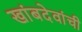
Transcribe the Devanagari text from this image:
खांबदेवांची